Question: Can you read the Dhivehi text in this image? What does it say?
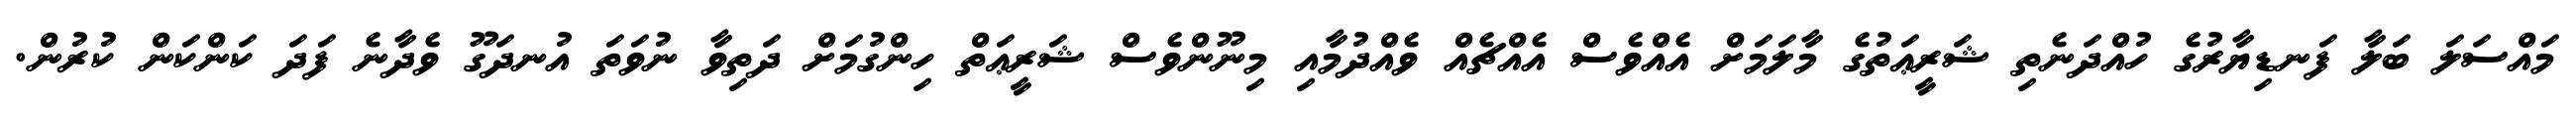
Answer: މައްސަލަ ބަލާ ފަނޑިޔާރުގެ ހުއްދަނެތި ޝަރީޢަތުގެ މާލަމަށް އެއްވެސް އެއްޗެއް ވެއްދުމާއި މިނޫންވެސް ޝަރީޢަތް ހިންގުމަށް ދަތިވާ ނުވަތަ އުނދަގޫ ވެދާނެ ފަދަ ކަންކަން ކުރުން.